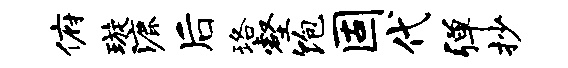
俯璇漉后珞壑饱固代弹抄